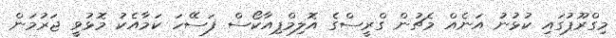
މިގްރޫޕުގައި ކުޅުނު އަނެއް މެޗުން ގްރީސްގެ އޮލިމްޕިއާކޯސް ފަސޭހަ ކަމާއެކު މޮޅުވީ ޖަރުމަން